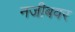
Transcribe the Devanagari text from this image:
नजीबवर